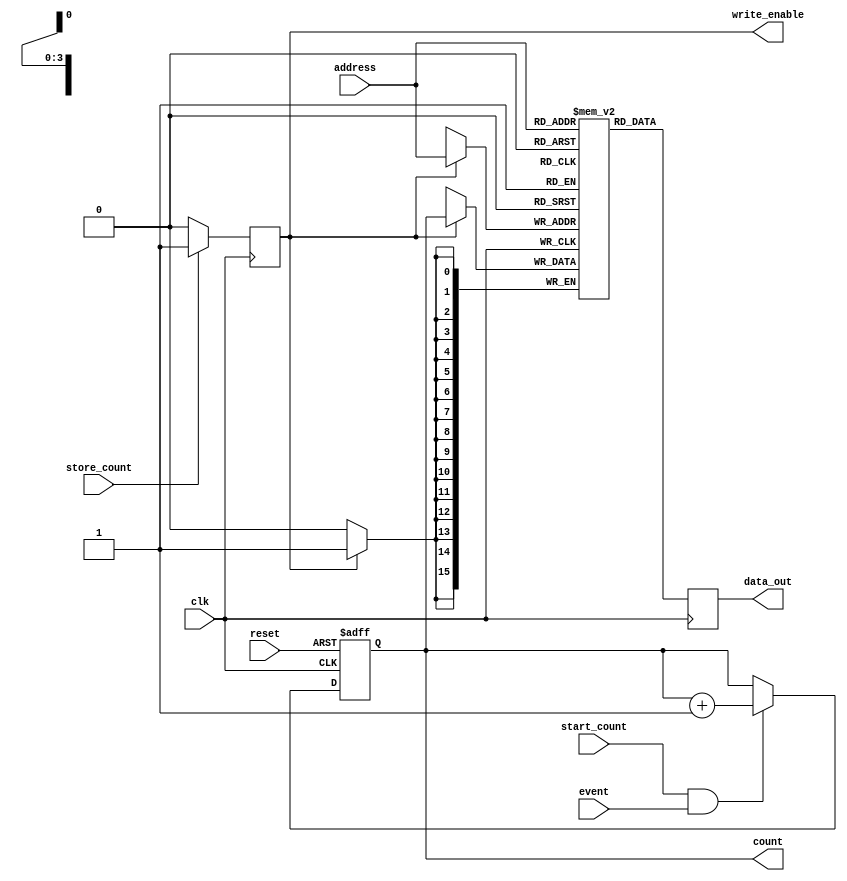
module event_counter (
    input wire clk,
    input wire reset,
    input wire event,
    input wire start_count,
    input wire store_count,
    input wire [3:0] address,  // Example address width
    output reg [15:0] count,    // Example count width
    output reg write_enable,
    output reg [15:0] data_out   // Read back from memory
);

    // Counter Module
    always @(posedge clk or posedge reset) begin
        if (reset) begin
            count <= 16'h0000; // Reset count to zero
        end else if (start_count && event) begin
            count <= count + 1; // Increment count on event
        end
    end

    // Control Logic
    always @(posedge clk) begin
        if (store_count) begin
            write_enable <= 1'b1; // Enable write to memory
        end else begin
            write_enable <= 1'b0; // Disable write
        end
    end
    
    // Memory Module (simple dual-port RAM for demonstration)
    reg [15:0] memory [0:15]; // Example memory size

    // Write operation
    always @(posedge clk) begin
        if (write_enable) begin
            memory[address] <= count; // Store the current count
        end
    end

    // Read operation (can be triggered by a signal if necessary)
    always @(posedge clk) begin
        data_out <= memory[address]; // Read from specific address
    end

endmodule